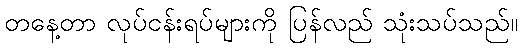
တနေ့တာ လုပ်ငန်းရပ်များကို ပြန်လည် သုံးသပ်သည်။